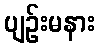
ပျဉ်းမနား